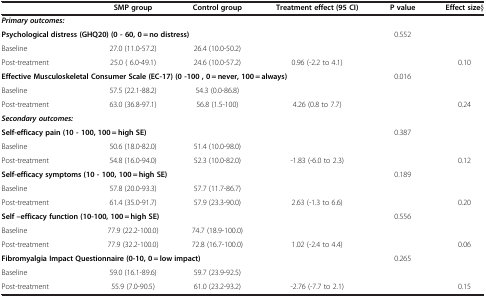
<table><thead><tr><td><b> </b></td><td><b>SMP group</b></td><td><b>Control group</b></td><td><b>Treatment effect (95 CI)</b></td><td><b>P value</b></td><td><b>Effect size§</b></td></tr></thead><tbody><tr><td colspan="6"><b><i>Primary outcomes:</i></b></td></tr><tr><td colspan="4"><b>Psychological distress (GHQ20) (0 </b><b>- 60, 0 =</b> <b>no distress)</b></td><td>0.552</td><td> </td></tr><tr><td>Baseline</td><td>27.0 (11.0-57.2)</td><td>26.4 (10.0-50.2)</td><td> </td><td colspan="2"> </td></tr><tr><td>Post-treatment</td><td>25.0 ( 6.0-49.1)</td><td>24.6 (10.0-57.2)</td><td>0.96 (-2.2 to 4.1)</td><td> </td><td>0.10</td></tr><tr><td colspan="4"><b>Effective Musculoskeletal Consumer Scale (EC-17) </b><b>(0 -100 , 0</b> <b>= never, 100 =</b> <b>always)</b></td><td>0.016</td><td> </td></tr><tr><td>Baseline</td><td>57.5 (22.1-88.2)</td><td>54.3 (0.0-86.8)</td><td> </td><td colspan="2"> </td></tr><tr><td>Post-treatment</td><td>63.0 (36.8-97.1)</td><td>56.8 (1.5-100)</td><td>4.26 (0.8 to 7.7)</td><td> </td><td>0.24</td></tr><tr><td><b><i>Secondary outcomes:</i></b></td><td> </td><td> </td><td> </td><td colspan="2"> </td></tr><tr><td colspan="4"><b>Self-efficacy pain (10 - </b><b>100, 100 = high</b><b>SE)</b></td><td>0.387</td><td> </td></tr><tr><td>Baseline</td><td>50.6 (18.0-82.0)</td><td>51.4 (10.0-98.0)</td><td> </td><td colspan="2"> </td></tr><tr><td>Post-treatment</td><td>54.8 (16.0-94.0)</td><td>52.3 (10.0-82.0)</td><td>-1.83 (-6.0 to 2.3)</td><td> </td><td>0.12</td></tr><tr><td colspan="4"><b>Self-efficacy symptoms (10 - </b><b>100, 100 = high</b><b>SE)</b></td><td>0.189</td><td> </td></tr><tr><td>Baseline</td><td>57.8 (20.0-93.3)</td><td>57.7 (11.7-86.7)</td><td> </td><td colspan="2"> </td></tr><tr><td>Post-treatment</td><td>61.4 (35.0-91.7)</td><td>57.9 (23.3-90.0)</td><td>2.63 (-1.3 to 6.6)</td><td> </td><td>0.20</td></tr><tr><td colspan="4"><b>Self –efficacy function (10-100, </b><b>100 = high SE)</b></td><td>0.556</td><td> </td></tr><tr><td>Baseline</td><td>77.9 (22.2-100.0)</td><td>74.7 (18.9-100.0)</td><td> </td><td colspan="2"> </td></tr><tr><td>Post-treatment</td><td>77.9 (32.2-100.0)</td><td>72.8 (16.7-100.0)</td><td>1.02 (-2.4 to 4.4)</td><td> </td><td>0.06</td></tr><tr><td colspan="4"><b>Fibromyalgia Impact Questionnaire (0-10, </b><b>0 = low impact)</b></td><td>0.265</td><td> </td></tr><tr><td>Baseline</td><td>59.0 (16.1-89.6)</td><td>59.7 (23.9-92.5)</td><td> </td><td colspan="2"> </td></tr><tr><td>Post-treatment</td><td>55.9 (7.0-90.5)</td><td>61.0 (23.2-93.2)</td><td>-2.76 (-7.7 to 2.1)</td><td> </td><td>0.15</td></tr></tbody></table>